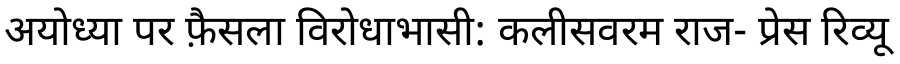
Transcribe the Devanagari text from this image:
अयोध्या पर फ़ैसला विरोधाभासी: कलीसवरम राज- प्रेस रिव्यू